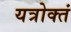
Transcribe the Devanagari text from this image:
यत्रोक्तं